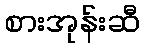
စားအုန်းဆီ